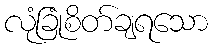
လုံခြုံစိတ်ချရသော